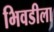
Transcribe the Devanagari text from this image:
भिवडीला